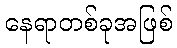
နေရာတစ်ခုအဖြစ်